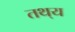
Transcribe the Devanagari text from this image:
तथ्‌य